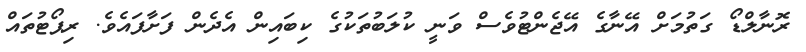
ރޮނާާލްޑޯ ގަތުމަށް އޭނާގެ އޭޖެންޓުވެސް ވަނީ ކުލަބުތަކުގެ ކިބައިން އެދެން ފަށާފައެވެ. ރިޕޯޓުތައް